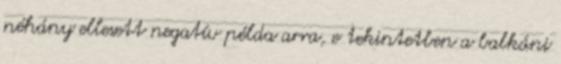
néhány ellesett negatív példa arra, e tekintetben a balkáni